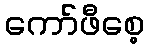
ကော်ဖီစေ့